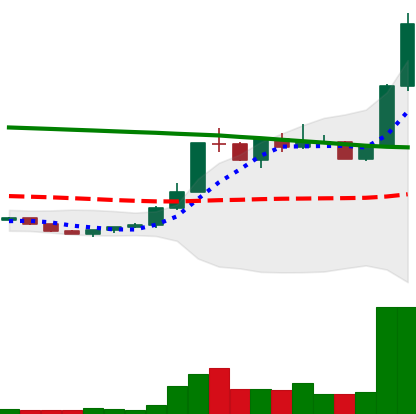
Ticker: ETC-USD
Chart end date: 2022-07-28
Forward return: -10.151%
Label: down_7plus